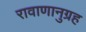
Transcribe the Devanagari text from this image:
रावाणानुग्रह